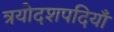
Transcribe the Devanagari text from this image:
त्रयोदशपदियाँ